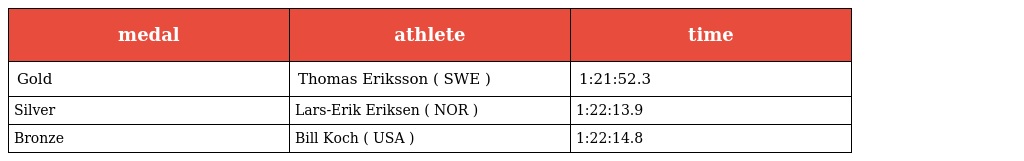
| medal | athlete | time |
 | --- | --- | --- |
 | Gold | Thomas Eriksson ( SWE ) | 1:21:52.3 |
 | Silver | Lars-Erik Eriksen ( NOR ) | 1:22:13.9 |
 | Bronze | Bill Koch ( USA ) | 1:22:14.8 |